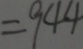
= 9 4 4